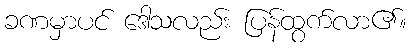
ခဏမှာပင် ဒေါသလည်း ပြန်ထွက်လာ၏။